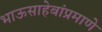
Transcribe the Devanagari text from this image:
भाऊसाहेबांप्रमाणे